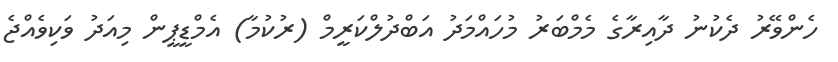
ހެންވޭރު ދެކުނު ދާއިރާގެ މެމްބަރު މުހައްމަދު އަބްދުލްކަރީމް (ރުކުމާ) އެމްޑީޕީން މިއަދު ވަކިވެއްޖެ